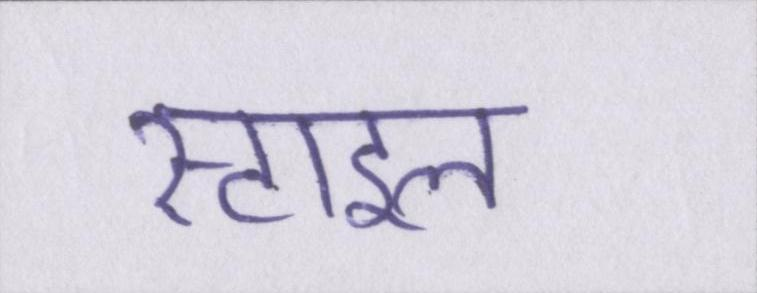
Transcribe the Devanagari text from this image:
स्टाइल